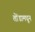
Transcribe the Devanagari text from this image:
तोंडामधून